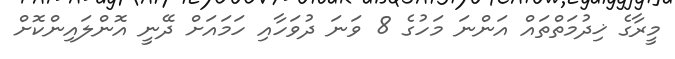
މީރާގެ ޚިދުމަތްތައް އަންނަ މަހުގެ 8 ވަނަ ދުވަހާއި ހަމައަށް ދޭނީ އޮންލައިންކޮށް